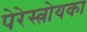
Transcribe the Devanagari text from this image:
पेरेस्त्रोयका